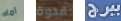
اماه قدوة ببرج